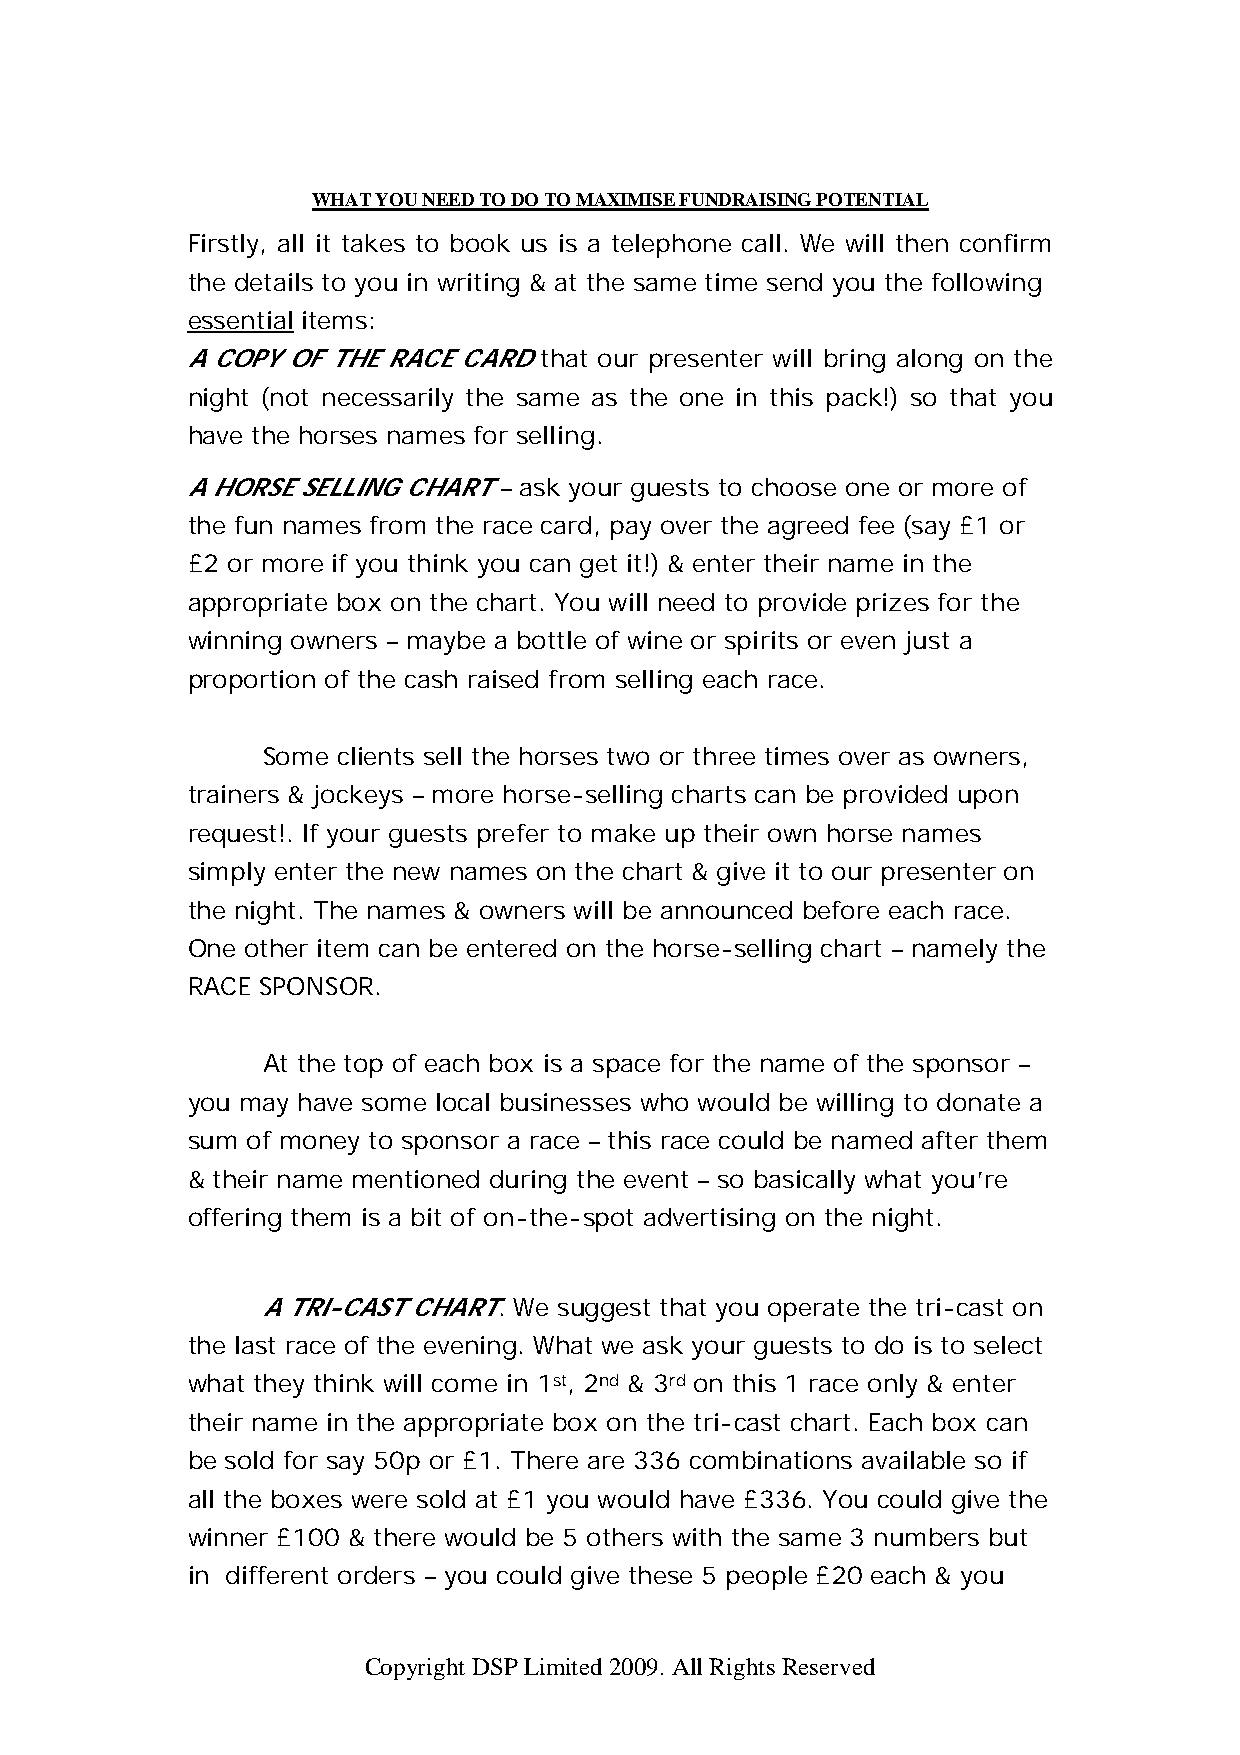
WHAT YOU NEED TO DO TO MAXIMISE FUNDRAISING POTENTIAL
 Firstly, all it takes to book us is a telephone call. We will then confirm
 the details to you in writing & at the same time send you the following
 essential items:
 A COPY OF THE RACE CARD that our presenter will bring along on the
 night (not necessarily the same as the one in this pack!) so that you
 have the horses names for selling.
 A HORSE SELLING CHART – ask your guests to choose one or more of
 the fun names from the race card, pay over the agreed fee (say £1 or
 £2 or more if you think you can get it!) & enter their name in the
 appropriate box on the chart. You will need to provide prizes for the
 winning owners – maybe a bottle of wine or spirits or even just a
 proportion of the cash raised from selling each race.
 Some clients sell the horses two or three times over as owners,
 trainers & jockeys – more horse-selling charts can be provided upon
 request!. If your guests prefer to make up their own horse names
 simply enter the new names on the chart & give it to our presenter on
 the night. The names & owners will be announced before each race.
 One other item can be entered on the horse-selling chart – namely the
 RACE SPONSOR.
 At the top of each box is a space for the name of the sponsor –
 you may have some local businesses who would be willing to donate a
 sum of money to sponsor a race – this race could be named after them
 & their name mentioned during the event – so basically what you’re
 offering them is a bit of on-the-spot advertising on the night.
 A TRI-CAST CHART. We suggest that you operate the tri-cast on
 the last race of the evening. What we ask your guests to do is to select
 what they think will come in 1st, 2nd & 3rd on this 1 race only & enter
 their name in the appropriate box on the tri-cast chart. Each box can
 be sold for say 50p or £1. There are 336 combinations available so if
 all the boxes were sold at £1 you would have £336. You could give the
 winner £100 & there would be 5 others with the same 3 numbers but
 in different orders – you could give these 5 people £20 each & you
 Copyright DSP Limited 2009. All Rights Reserved